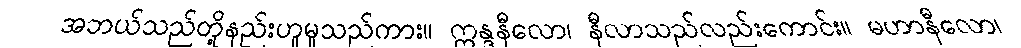
အဘယ်သည်တို့နည်းဟူမူသည်ကား။ ဣန္ဒနီလော၊ နီလာသည်လည်းကောင်း။ မဟာနီလော၊